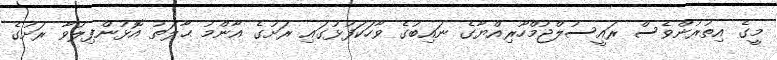
މީގެ އިތުރުންވެސް ރައީސުލްޖުމްހޫރިއްޔާގެ ނައިބުގެ ވާހަކަފުޅުގައި ރަށުގެ އާންމު ޙާލަތު އޮޅުންފިލުވާ ރަށުގެ